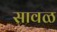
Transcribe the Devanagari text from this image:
सावळ